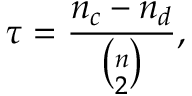
\tau = \frac { n _ { c } - n _ { d } } { { \binom { n } { 2 } } } ,